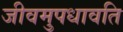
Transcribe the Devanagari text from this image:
जीवमुपधावति